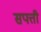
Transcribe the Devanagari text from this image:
सपत्ती